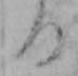
る